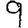
Digit: 9